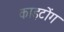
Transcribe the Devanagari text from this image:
काइटोंग